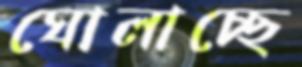
ঘোলাচ্ছে